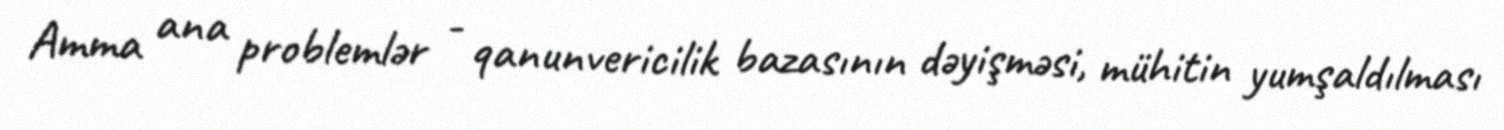
Amma ana problemlər - qanunvericilik bazasının dəyişməsi, mühitin yumşaldılması